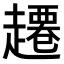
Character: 𫎾